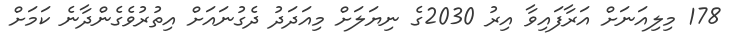
178 މިލިއަނަށް އަރާފައިވާ އިރު 2030ގެ ނިޔަލަށް މިއަދަދު ދެގުނައަށް އިތުރުވެގެންދާނެ ކަމަށް